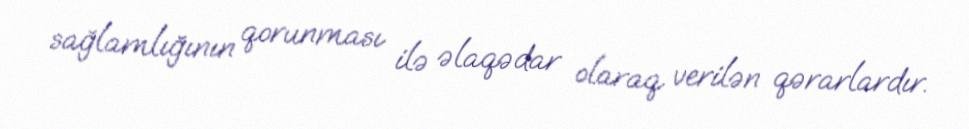
sağlamlığının qorunması ilə əlaqədar olaraq verilən qərarlardır.